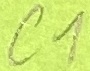
Text: C1